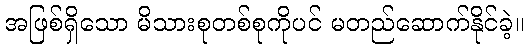
အဖြစ်ရှိသော မိသားစုတစ်စုကိုပင် မတည်ဆောက်နိုင်ခဲ့။